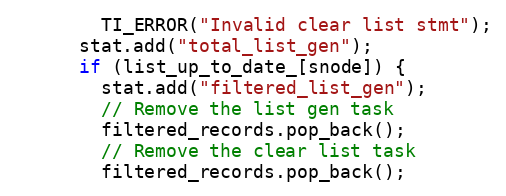
Language: C++
        TI_ERROR("Invalid clear list stmt");
      stat.add("total_list_gen");
      if (list_up_to_date_[snode]) {
        stat.add("filtered_list_gen");
        // Remove the list gen task
        filtered_records.pop_back();
        // Remove the clear list task
        filtered_records.pop_back();